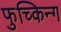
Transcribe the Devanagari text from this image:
फुच्किन्ग